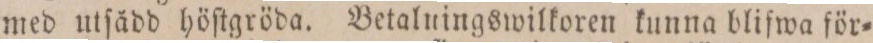
med utſådd höſtgröda. Betalningswilkoren kunna blifwa för=